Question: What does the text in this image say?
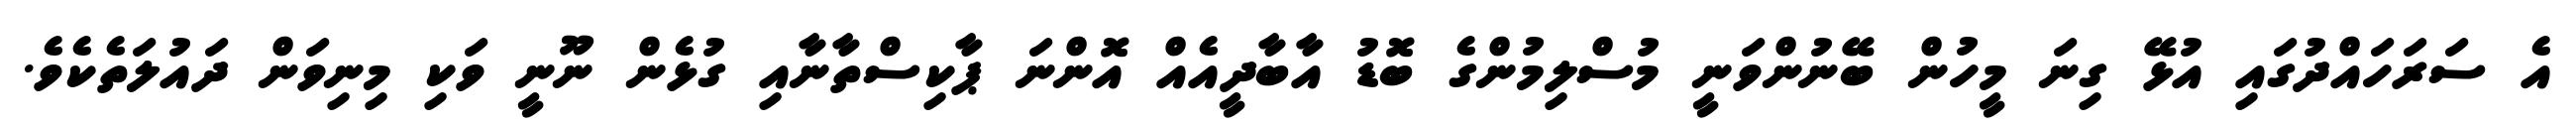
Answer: އެ ސަރަހައްދުގައި އުޅޭ ގިނަ މީހުން ބޭނުންވަނީ މުސްލިމުންގެ ބޮޑު އާބާދީއެއް އޮންނަ ޕާކިސްތާނާއި ގުޅެން ނޫނީ ވަކި މިނިވަން ދައުލަތެކެވެ.